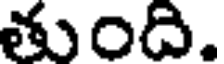
తుంది.